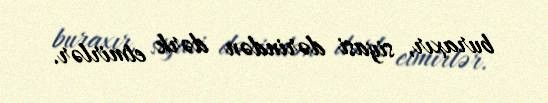
buraxır, siyasi dərindən dərk etmirlər.